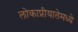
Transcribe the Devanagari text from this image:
लोकाप्रीयातेमध्ये